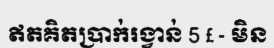
ឥតគិតប្រាក់រង្វាន់ 5 £ - មិន